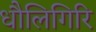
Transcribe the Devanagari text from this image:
धौलिगिरि